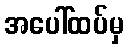
အပေါ်ထပ်မှ